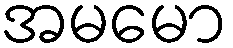
အမမော